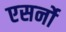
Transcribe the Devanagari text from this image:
एसर्नो